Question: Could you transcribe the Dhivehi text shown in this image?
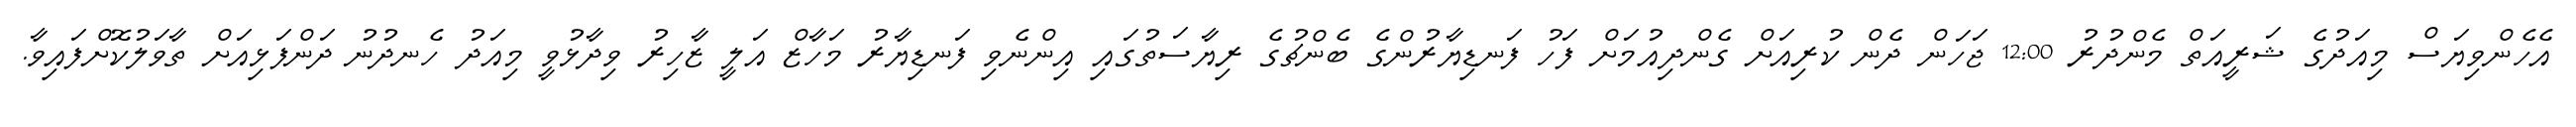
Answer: އެހެންވިޔަސް މިއަދުގެ ޝަރީއަތް މެންދުރު 12:00 ޖަހަން ދެން ކުރިއަށް ގެންދިއުމަށް ފަހު ފަނޑިޔާރުންގެ ބެންޗުގެ ރިޔާސަތުގައި އިންނެވި ފަނޑިޔާރު މަހާޒް އަލީ ޒާހިރު ވިދާޅުވީ މިއަދު ހެނދުނު ދަންފަޅިއަށް ތާވަލުކޮށްފައިވާ.